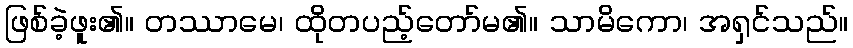
ဖြစ်ခဲ့ဖူး၏။ တဿာမေ၊ ထိုတပည့်တော်မ၏။ သာမိကော၊ အရှင်သည်။